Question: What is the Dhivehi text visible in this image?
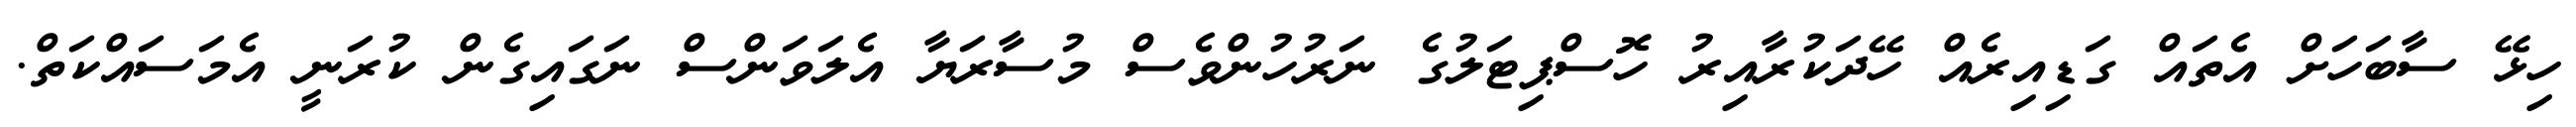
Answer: ހިޅޭ ސާބަހަށް އެތައް ގަޑިއިރެއް ހޭދަކުރާއިރު ހޮސްޕިޓަލުގެ ނަރުހުންވެސް މުސާރަޔާ އެލަވަންސް ނަގައިގެން ކުރަނީ އެމަސައްކަތް.